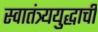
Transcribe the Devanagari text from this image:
स्वातंत्र्ययुद्धाची